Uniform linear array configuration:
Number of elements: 48
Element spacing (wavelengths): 0.75
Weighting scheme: exponential
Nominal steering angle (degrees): -45
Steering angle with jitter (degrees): -44.239
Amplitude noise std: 0.05
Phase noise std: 0.05

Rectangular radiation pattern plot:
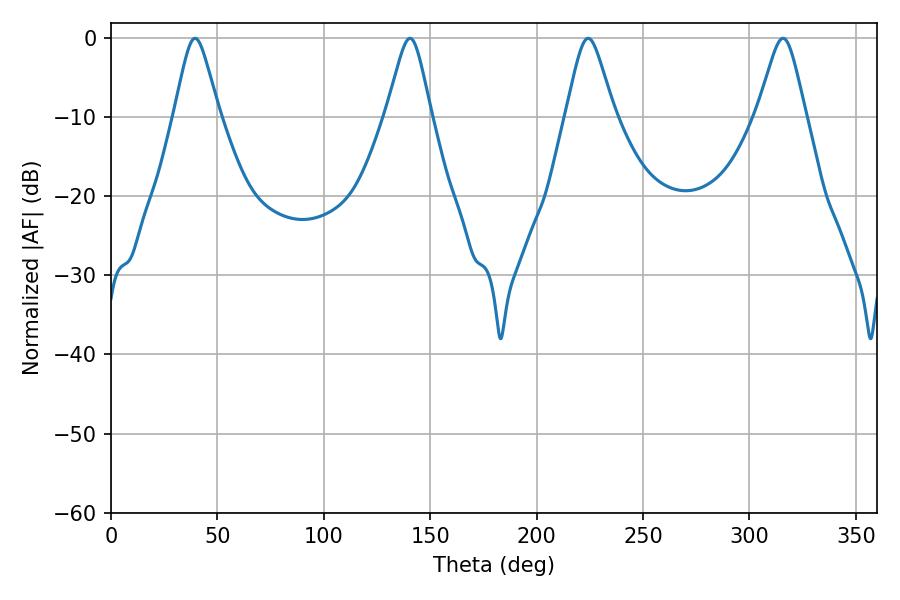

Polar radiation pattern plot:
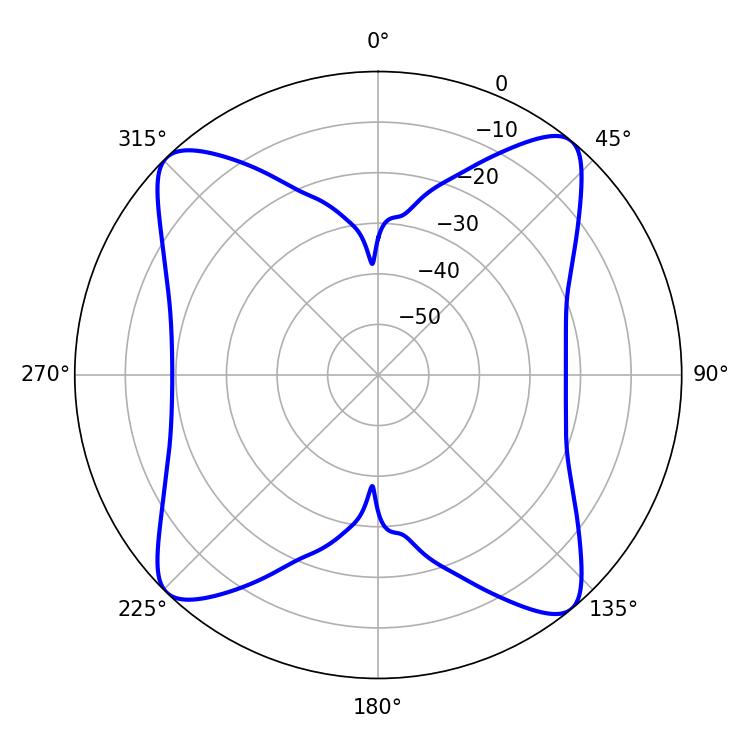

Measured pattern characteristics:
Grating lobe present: TRUE
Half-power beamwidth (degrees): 10.8
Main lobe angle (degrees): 224.28